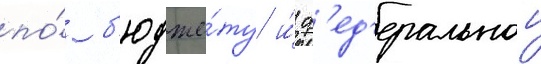
по́ б'юдже́ту и́ ф'ед'еральнои